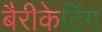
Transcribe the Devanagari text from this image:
बैरीकेटिंग